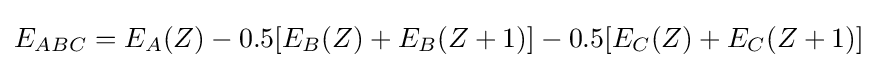
E_{ABC}=E_{A}(Z)-0.5[E_{B}(Z)+E_{B}(Z+1)]-0.5[E_{C}(Z)+E_{C}(Z+1)]